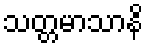
သတ္တမာသာနိ